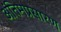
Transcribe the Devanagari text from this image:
अंतिमप्रसारण